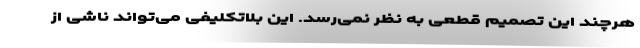
هرچند این تصمیم قطعی به نظر نمی‌رسد. این بلاتکلیفی می‌تواند ناشی از